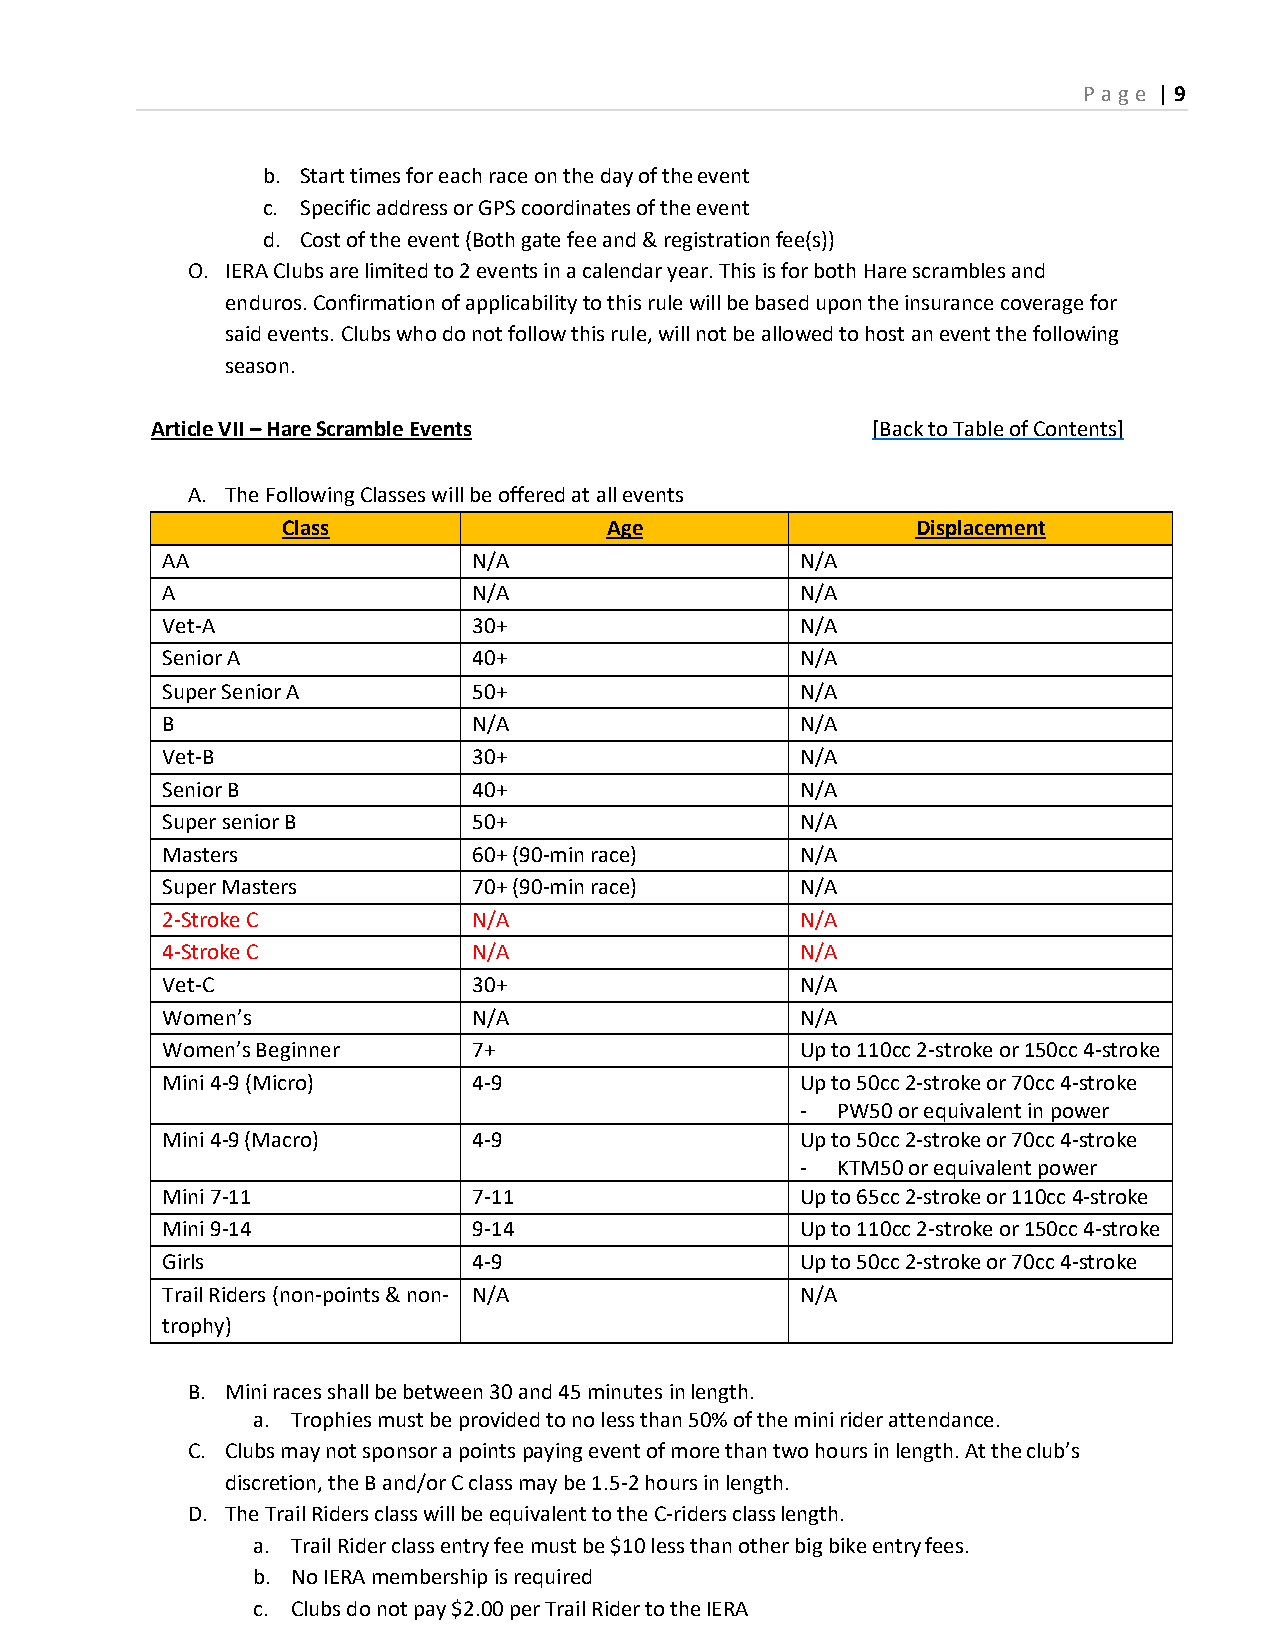
P age | 9
 b. Start times for each race on the day of the event
 c. Specific address or GPS coordinates of the event
 d. Cost of the event (Both gate fee and & registration fee(s))
 O. IERA Clubs are limited to 2 events in a calendar year. This is for both Hare scrambles and
 enduros. Confirmation of applicability to this rule will be based upon the insurance coverage for
 said events. Clubs who do not follow this rule, will not be allowed to host an event the following
 season.
 Article VII – Hare Scramble Events              [Back to Table of Contents]
 A. The Following Classes will be offered at all events
 Class                Age                  Displacement
 AA                  N/A                   N/A
 A                   N/A                   N/A
 Vet-A               30+                   N/A
 Senior A            40+                   N/A
 Super Senior A      50+                   N/A
 B                   N/A                   N/A
 Vet-B               30+                   N/A
 Senior B            40+                   N/A
 Super senior B      50+                   N/A
 Masters             60+ (90-min race)     N/A
 Super Masters       70+ (90-min race)     N/A
 2-Stroke C          N/A                   N/A
 4-Stroke C          N/A                   N/A
 Vet-C               30+                   N/A
 Women’s             N/A                   N/A
 Women’s Beginner    7+                    Up to 110cc 2-stroke or 150cc 4-stroke
 Mini 4-9 (Micro)    4-9                   Up to 50cc 2-stroke or 70cc 4-stroke
 - PW50 or equivalent in power
 Mini 4-9 (Macro)    4-9                   Up to 50cc 2-stroke or 70cc 4-stroke
 - KTM50 or equivalent power
 Mini 7-11           7-11                  Up to 65cc 2-stroke or 110cc 4-stroke
 Mini 9-14           9-14                  Up to 110cc 2-stroke or 150cc 4-stroke
 Girls               4-9                   Up to 50cc 2-stroke or 70cc 4-stroke
 Trail Riders (non-points & non- N/A       N/A
 trophy)
 B. Mini races shall be between 30 and 45 minutes in length.
 a. Trophies must be provided to no less than 50% of the mini rider attendance.
 C. Clubs may not sponsor a points paying event of more than two hours in length. At the club’s
 discretion, the B and/or C class may be 1.5-2 hours in length.
 D. The Trail Riders class will be equivalent to the C-riders class length.
 a. Trail Rider class entry fee must be $10 less than other big bike entry fees.
 b. No IERA membership is required
 c. Clubs do not pay $2.00 per Trail Rider to the IERA